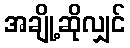
အချို့ဆိုလျှင်